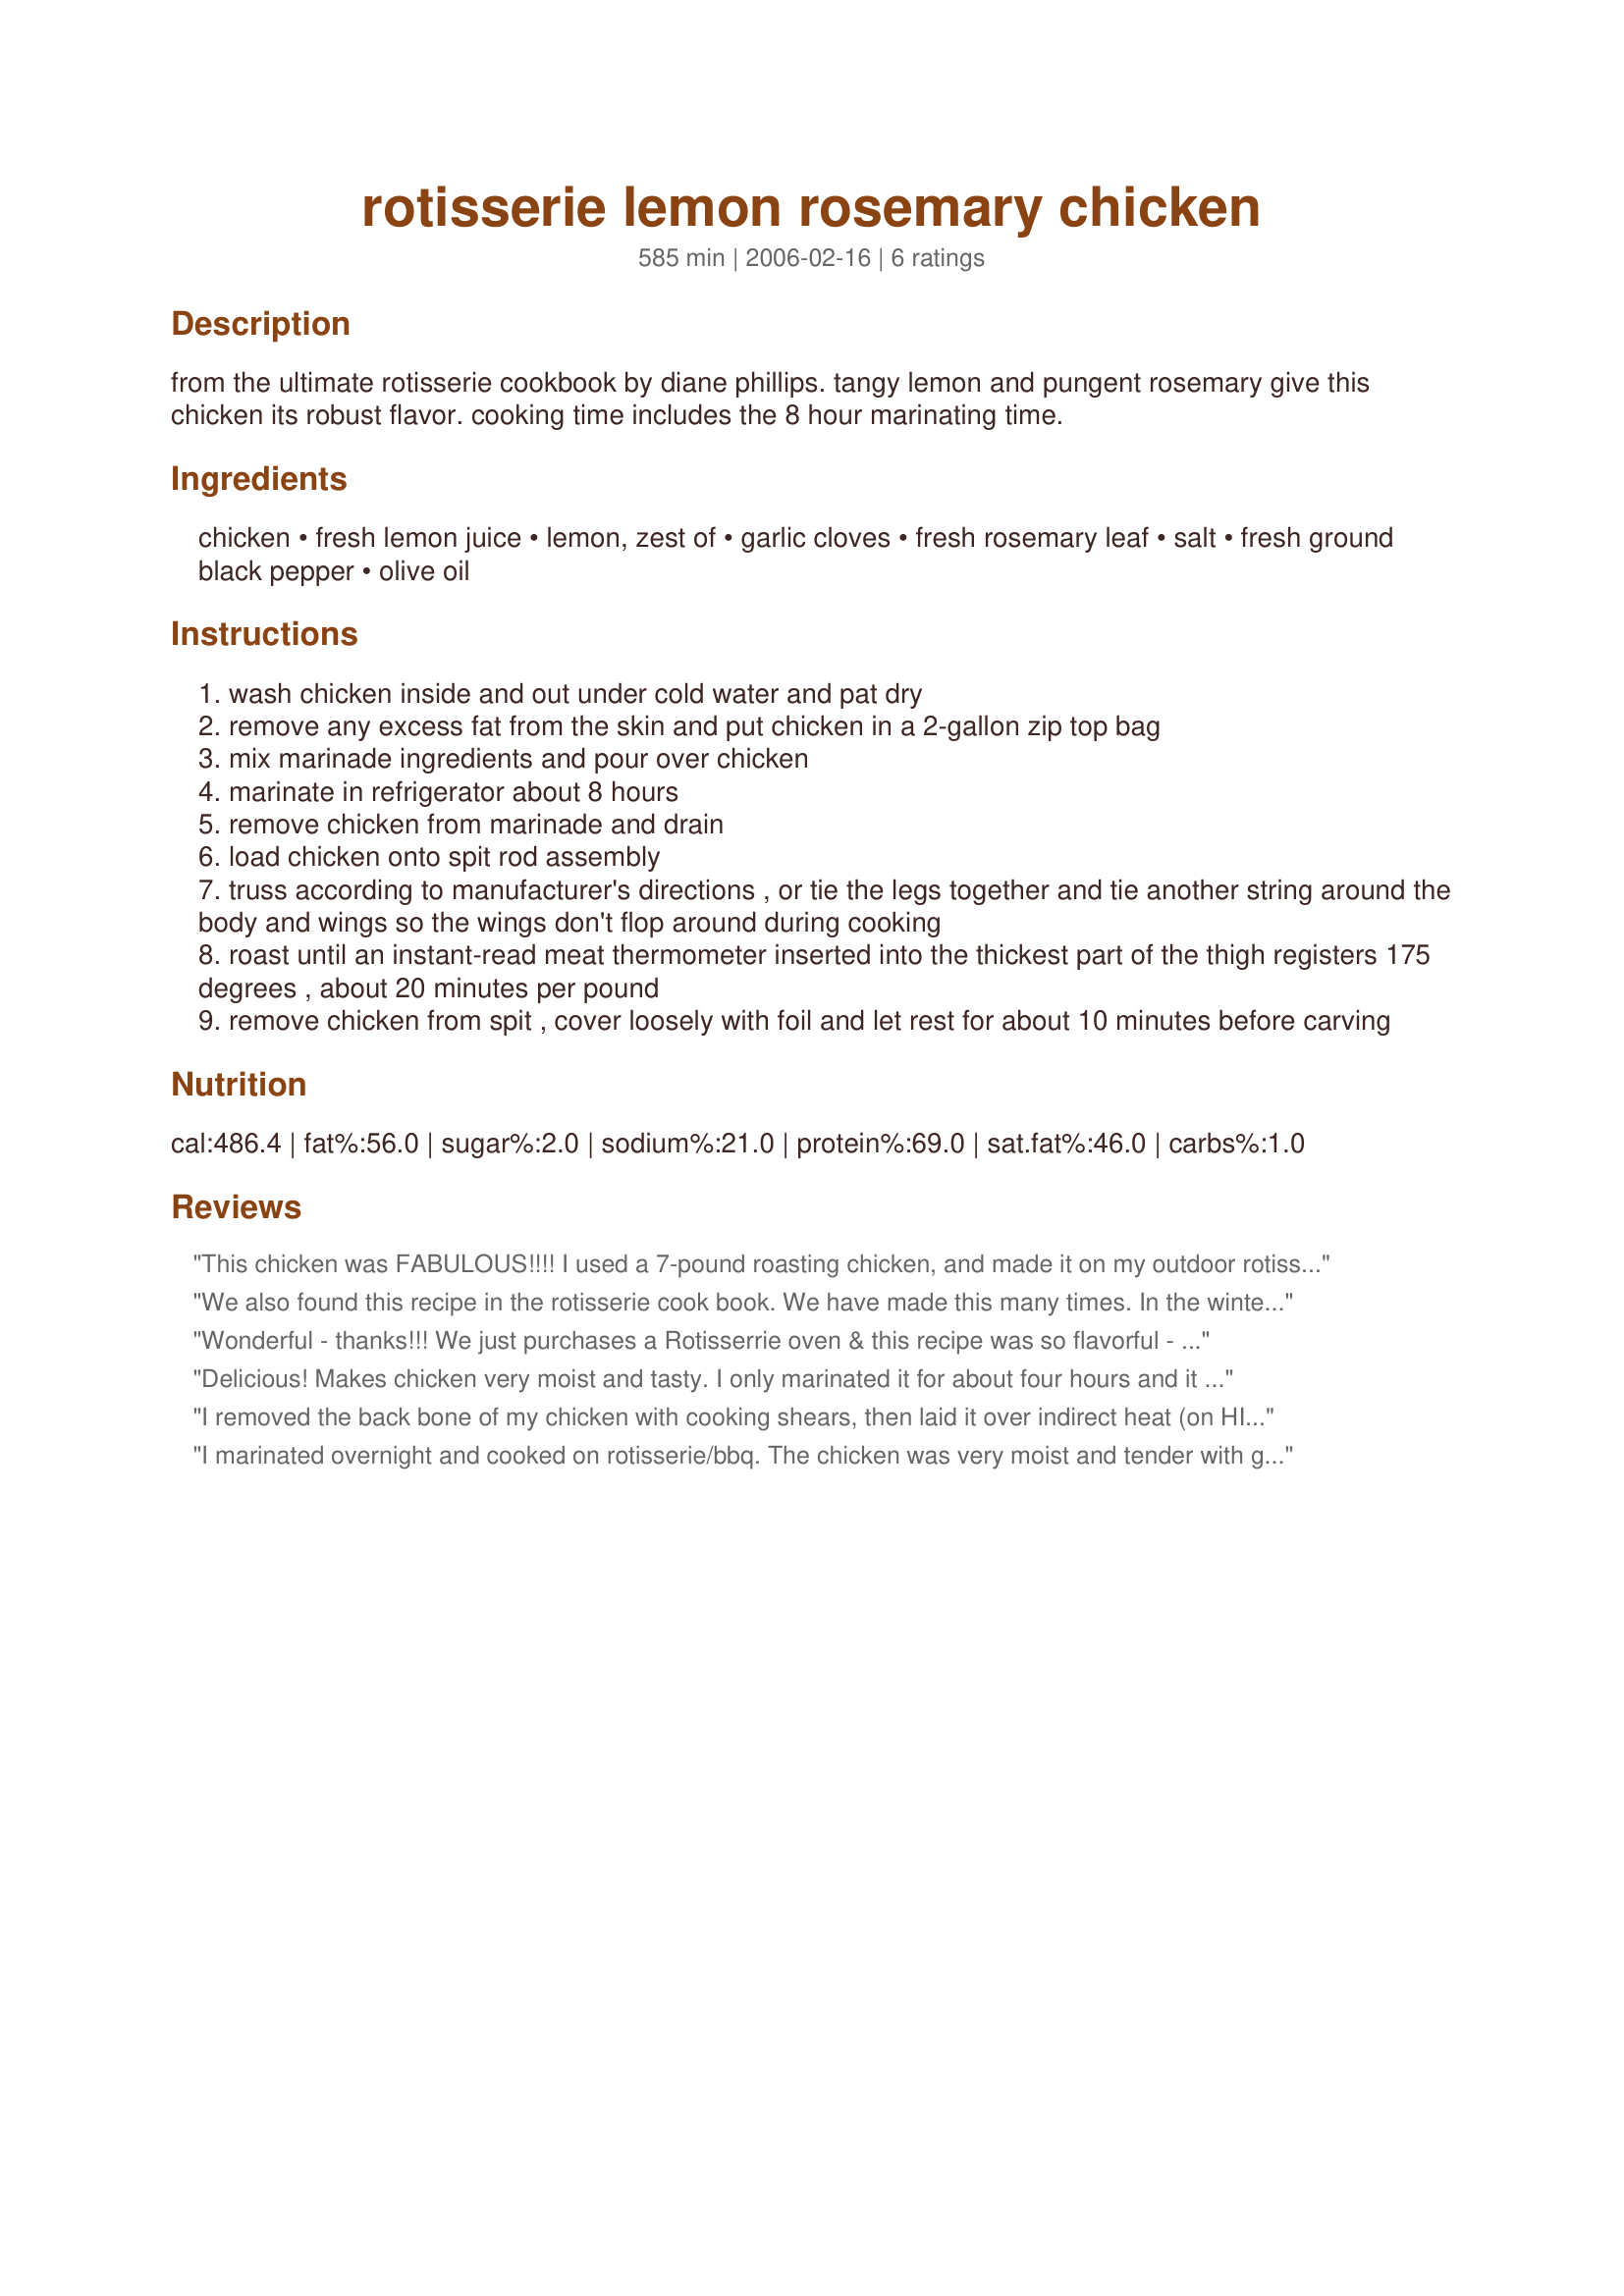
rotisserie lemon rosemary chicken
Preparation time: 585 minutes

from the ultimate rotisserie cookbook by diane phillips.
tangy lemon and pungent rosemary give this chicken its robust flavor.
cooking time includes the 8 hour marinating time.

Ingredients:
chicken, fresh lemon juice, lemon, zest of, garlic cloves, fresh rosemary leaf, salt, fresh ground black pepper, olive oil

Steps:
wash chicken inside and out under cold water and pat dry
remove any excess fat from the skin and put chicken in a 2-gallon zip top bag
mix marinade ingredients and pour over chicken
marinate in refrigerator about 8 hours
remove chicken from marinade and drain
load chicken onto spit rod assembly
truss according to manufacturer's directions , or tie the legs together and tie another string around the body and wings so the wings don't flop around during cooking
roast until an instant-read meat thermometer inserted into the thickest part of the thigh registers 175 degrees , about 20 minutes per pound
remove chicken from spit , cover loosely with foil and let rest for about 10 minutes before carving

Reviews:
This chicken was FABULOUS!!!! I used a 7-pound roasting chicken, and made it on my outdoor rotisserie, I marinaded it for about 7 hours, SO SO SO delicious and tender, we simply loved this, I can't wait to make it again, thanks for sharing this wonderful recipe hon!...Kitten:)
We also found this recipe in the rotisserie cook book. We have made this many times. In the winter we make it in my "Set it and Forget It" In the summer we always make it beer can chicken style. Always comes out so juicy and tender you can cut it with a fork! Trust me people, you will love it!
Wonderful - thanks!!! We just purchases a Rotisserrie oven & this recipe was so flavorful - the chicken was super tender, moist, & flavorful.
Delicious! Makes chicken very moist and tasty. I only marinated it for about four hours and it was still very tasty. We roasted it on an outdoor grill and it came out great. Enjoy.
I removed the back bone of my chicken with cooking shears, then laid it over indirect heat (on HIGH)) and grilled it for a little over 1 hour. It was so tender and juicy. This will get a repeat performance again very soon!
I marinated overnight and cooked on rotisserie/bbq. The chicken was very moist and tender with good flavor. I will make this again. Thank you.
